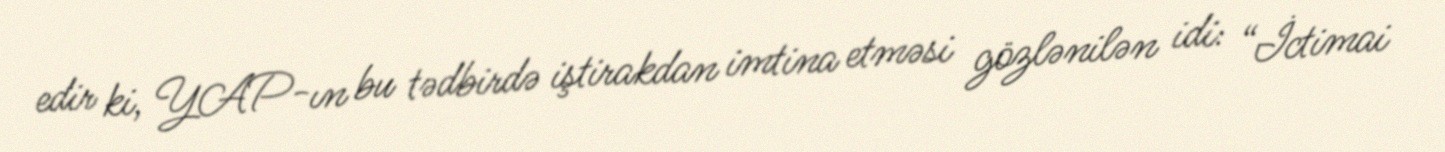
edir ki, YAP-ın bu tədbirdə iştirakdan imtina etməsi gözlənilən idi: “İctimai